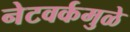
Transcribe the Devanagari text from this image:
नेटवर्कमुळे